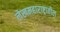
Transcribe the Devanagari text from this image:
लेखमहाराष्ट्रातील